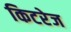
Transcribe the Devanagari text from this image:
किटरेज